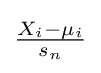
{\textstyle {\frac {X_{i}-\mu _{i}}{s_{n}}}}